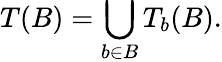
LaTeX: T(B)=\bigcup_{b\in B}T_{b}(B).